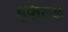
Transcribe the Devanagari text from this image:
हफेल्ड